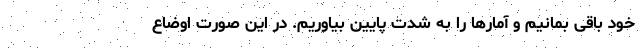
خود باقی بمانیم و آمارها را به شدت پایین بیاوریم. در این صورت اوضاع